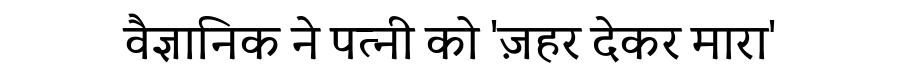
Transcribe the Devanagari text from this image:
वैज्ञानिक ने पत्नी को 'ज़हर देकर मारा'